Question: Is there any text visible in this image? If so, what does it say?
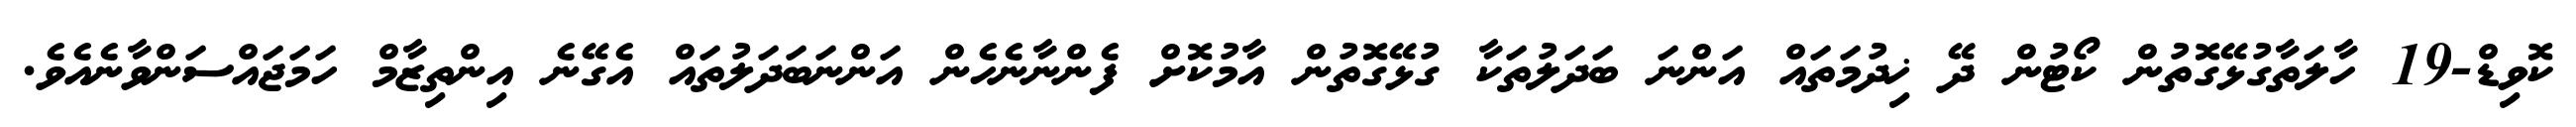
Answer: ކޮވިޑް-19 ހާލަތާގުޅޭގޮތުން ކޯޓުން ދޭ ޚިދުމަތައް އަންނަ ބަދަލުތަކާ ގުޅޭގޮތުން އާމުކޮށް ފެންނާނެހެން އަންނަބަދަލުތައް އެގޭނެ އިންތިޒާމް ހަމަޖައްސަންވާނެއެވެ.